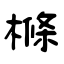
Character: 樤